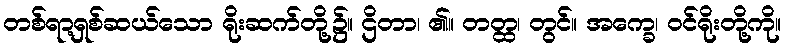
တစ်ရာ့ရှစ်ဆယ်သော ရိုးဆက်တို့၌။ ဌိတာ၊ ၏။ တတ္ထ၊ တွင်။ အက္ခေ၊ ဝင်ရိုးတို့ကို။